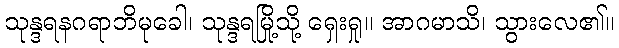
သုန္ဒရနဂရာဘိမုခေါ၊ သုန္ဒရမြို့သို့ ရှေးရှု။ အာဂမာသိ၊ သွားလေ၏။